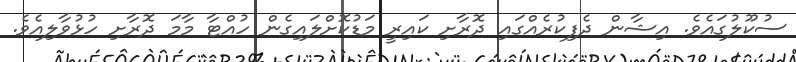
ސުކޫލުގައެވެ. އިޝާން ދެފިކުރެއްގައި ދޮރާށި ކައިރީ މަޑުކޮށްލައިގެން ހުއްޓާ މާމަ ދޮރާށި ހުޅުވާލިއެވެ.